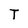
Character: T